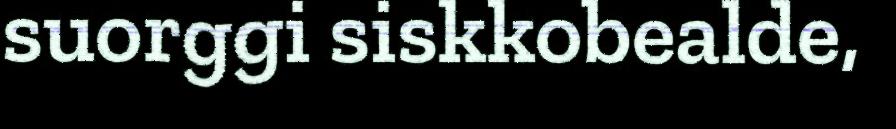
suorggi siskkobealde,